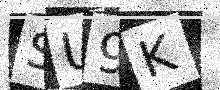
Text: SU9K